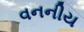
વનનીય